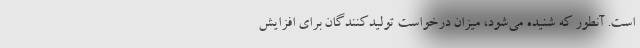
است‌. آنطور که شنیده می‌شود، میزان درخواست تولیدکنندگان برای افزایش